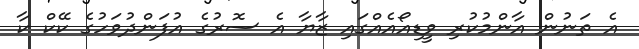
އެ ތަނުން އާންމުކުރި ވީޑިއޯއެއްގައި ޒާޔާ އެ ސޮރުގެ އުފަންދުވަހުގެ ކޭކް ކާ